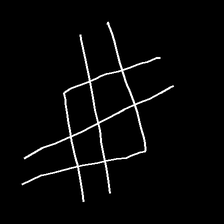
Glyph: crystal